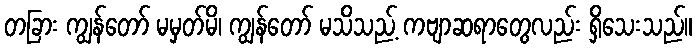
တခြား ကျွန်တော် မမှတ်မိ၊ ကျွန်တော် မသိသည့် ကဗျာဆရာတွေလည်း ရှိသေးသည်။